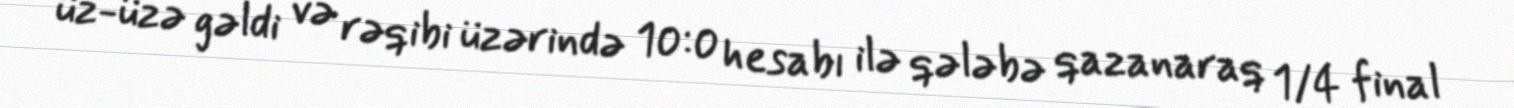
üz-üzə gəldi və rəqibi üzərində 10:0 hesabı ilə qələbə qazanaraq 1/4 final